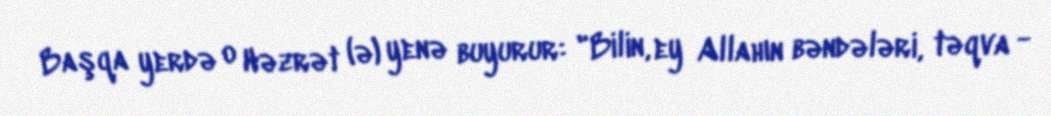
Başqa yerdə o Həzrət (ə) yenə buyurur: "Bilin, ey Allahın bəndələri, təqva -